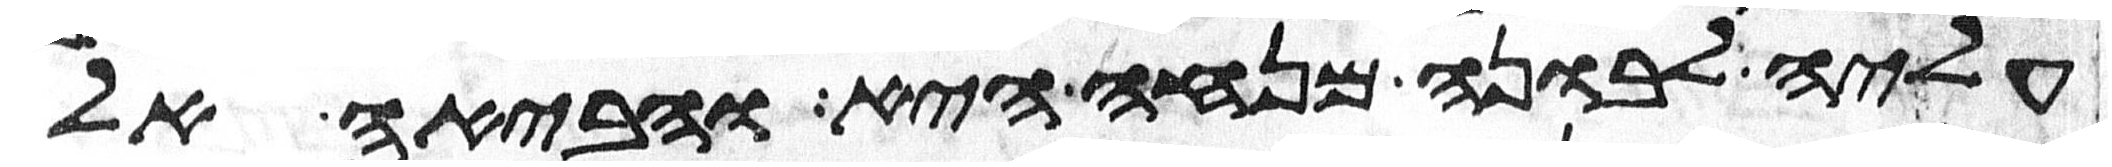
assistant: עליה לבונה מנחה היא והביאה אל